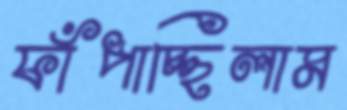
ফাঁপাচ্ছিলাম